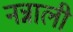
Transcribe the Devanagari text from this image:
नन्नाली